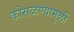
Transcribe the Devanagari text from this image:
कोसळण्यामुळीं